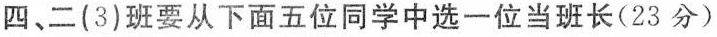
四、二(3)班要从下面五位同学中选一位当班长(23分)